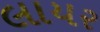
લાયર